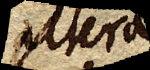
altera